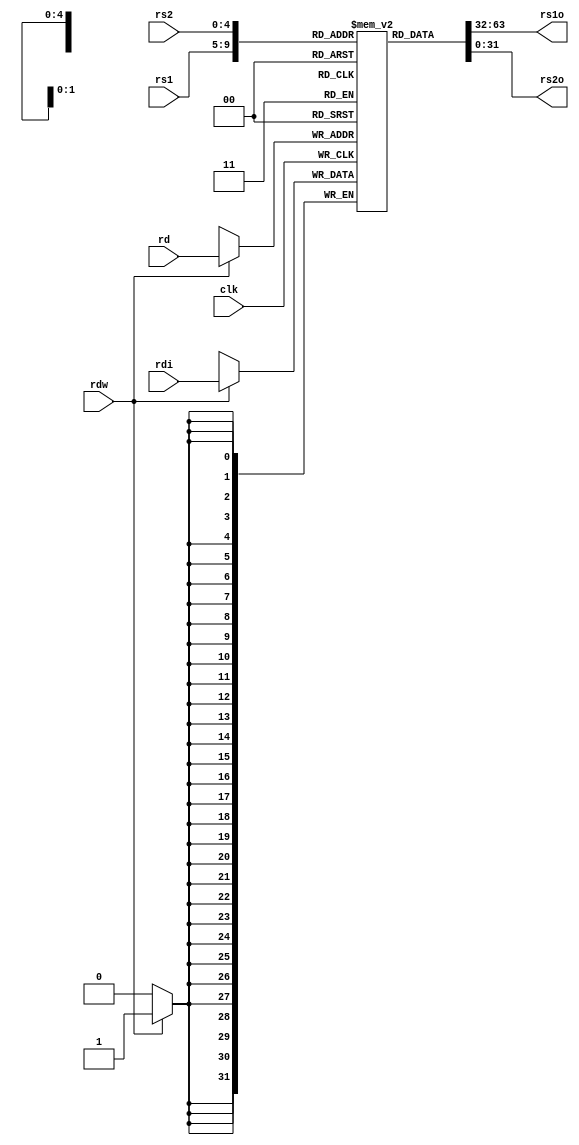
module FGPR
(
    input [4:0]rs1,
    input [4:0]rs2,
    output [31:0]rs1o,
    output [31:0]rs2o,
    input [31:0]rdi,
    input [4:0]rd,
    input rdw,
    input clk
);
reg [31:0]fregs[31:0];
assign rs1o=fregs[rs1];
assign rs2o=fregs[rs2];
always @(posedge clk)
begin
    if(rdw)
        fregs[rd]<=rdi;
end

endmodule